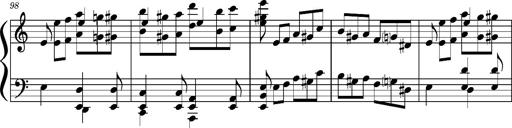
Title: Concerto sans orchestre, S.524a
Composer: Franz Liszt
Key: A major